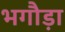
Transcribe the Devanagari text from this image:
भगौड़ा